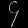
Digit: ၄